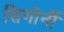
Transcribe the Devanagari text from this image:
सिगोर्नी